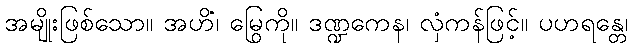
အမျိုးဖြစ်သော။ အဟိံ၊ မြွေကို။ ဒဏ္ဍကေန၊ လှံကန်ဖြင့်။ ပဟရန္တေ၊